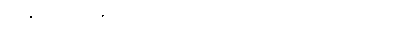
ရာဇူမီခင်က အကျယ်ကြီး အော်ပြောလိုက်ခြင်း ဖြစ်သည်။